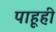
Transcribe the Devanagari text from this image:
पाहूही